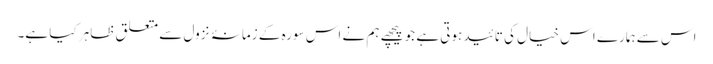
اس سے ہمارے اس خیال کی تائید ہوتی ہے جو پیچھے ہم نے اس سورہ کے زمانۂ نزول سے متعلق ظاہر کیا ہے۔